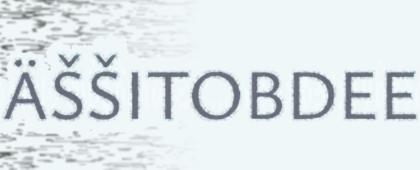
ÄŠŠITOBDEE